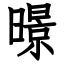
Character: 暻